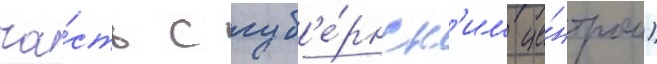
ча́сть с губ'е́рнск'им це́нтром)